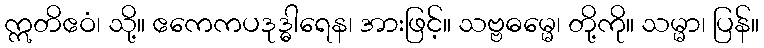
ဣတိဧဝံ၊ သို့။ ဧကေကပဒုဒ္ဓါရေန၊ အားဖြင့်။ သဗ္ဗဓမ္မေ၊ တို့ကို။ သမ္မာ၊ ပြန်။